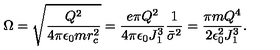
\Omega = \sqrt { \frac { Q ^ { 2 } } { 4 \pi \epsilon _ { 0 } m r _ { c } ^ { 2 } } } = { \frac { e \pi Q ^ { 2 } } { 4 \pi \epsilon _ { 0 } J _ { 1 } ^ { 3 } } } { \frac { 1 } { { \bar { \sigma } } ^ { 2 } } } = { \frac { \pi m Q ^ { 4 } } { 2 \epsilon _ { 0 } ^ { 2 } J _ { 1 } ^ { 3 } } } .